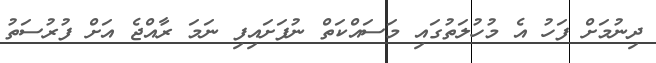
ދިނުމަށް ފަހު އެ މުހުލަތުގައި މަސައްކަތް ނުފަށައިފި ނަމަ ރާއްޖެ އަށް ފުރުސަތު